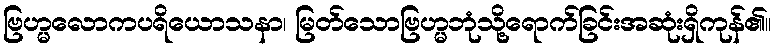
ဗြဟ္မလောကပရိယောသနာ၊ မြတ်သောဗြဟ္မဘုံသို့ရောက်ခြင်းအဆုံးရှိကုန်၏။